Report of the Indian Hemp Drugs Commission, 1894-1895 - Volume VI
Year: 1894
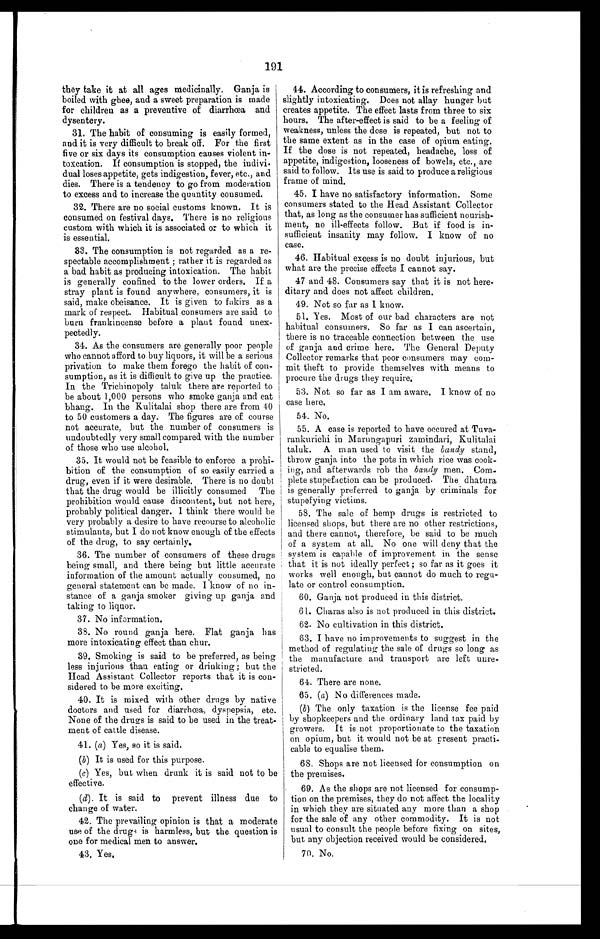
191
they take it at all ages medicinally. Ganja is
boiled with ghee, and a sweet preparation is made
for children as a preventive of diarrhœa and
dysentery.
31. The habit of consuming is easily formed,
and it is very difficult to break off. For the first
five or six days its consumption causes violent
in-toxcation. If consumption is stopped, the indivi•
dual loses appetite, gets indigestion, fever, etc., and
dies. There is a tendency to go from moderation
to excess and to increase the quantity consumed.
32. There are no social customs known. It is
consumed on festival days. There is no religious
custom with which it is associated or to which it
is essential.
33. The consumption is not regarded as a re
- s p e c t a b l e a c c o m p l i s h m e n t ; r a t h e r i t i s r e g a r d e d a s
a bad habit as producing intoxication. The habit
is generally confined to the lower orders. If a
stray plant is found anywhere, consumers, it is
said, make obeisance. It is given to fakirs as a
mark of respect. Habitual consumers are said to
burn frankincense before a plant found unex-
pectedly.
34. As the consumers are generally poor people
who cannot afford to buy liquors, it will be a serious
privation to make them forego the habit of con-
sumption, as it is difficult to give up the practice.
In the Trichinopoly taluk there are reported to
be about 1,000 persons who smoke ganja and eat
bhang. In the Kulitalai shop there are from 40
to 50 customers a day. The figures are of course
not accurate, but the number of consumers is
undoubtedly very small compared with the number
of those who use alcohol.
35. It would not be feasible to enforce a prohi-
bition of the consumption of so easily carried a
drug, even if it were desirable. There is no doubt
that the drug would be illicitly consumed. The
prohibition would cause discontent, but not here,
probably political danger. I think there would be
very probably a desire to have recourse to alcoholic
stimulants, but I do not know enough of the effects
of the drug, to say certainly.
36. The number of consumers of these drugs
being small, and there being but little accurate
information of the amount actually consumed, no
general statement can be made. I know of no in-
stance of a ganja smoker giving up ganja and
taking to liquor.
37. No information.
38.No round ganja here. Flat ganja has
more intoxicating effect than chur.
39. Smoking is said to be preferred, as being
less injurious than eating or drinking; but the
Head Assistant Collector reports that it is con-
sidered to be more exciting.
40. It is mixed with other drugs by native
doctors and used for diarrhœa, dyspepsia, etc.
None of the drugs is said to be used in the treat-
ment of cattle disease.
41. (a) Yes, so it is said.
(b) It is used for this purpose.
( c )
Y e s , b u t w h e n d r u n k i t i s s a i d n o t t o b e
effective.
(d). It is said to prevent illness due to
change of water.
42. The prevailing opinion is that a moderate
use of the drugs is harmless, but the question is
one for medical men to answer.
43. Yes.
44. According to consumers, it is refreshing and
slightly intoxicating. Does not allay hunger but
creates appetite. The effect lasts from three to six
hours. The after-effect is said to be a feeling of
weakness, unless the dose is repeated, but not to
the same extent as in the case of opium eating.
If the dose is not repeated, headache, loss of
appetite, indigestion, looseness of bowels, etc., are
said to follow. Its use is said to produce a religious
frame of mind.
45. I have no satisfactory information. Some
consumers stated to the Head Assistant Collector
that, as long as the consumer has sufficient nourish-
ment, no ill-effects follow. But if food is in-
sufficient insanity may follow. I know of no
case.
46. Habitual excess is no doubt injurious, but
what are the precise effects I cannot say.
47 and 48. Consumers say that it is not here-
ditary and does not affect children.
49. Not so far as I know.
51. Yes. Most of our bad characters are not
habitual consumers. So far as I can ascertain,
there is no traceable connection between the use
of ganja and crime here. The General Deputy
Collector remarks that poor consumers may com-
mit theft to provide themselves with means to
procure the drugs they require.
53. Not so far as I am aware. I know of no
case here.
54. No.
55. A case is reported to have occured at
Tuva-rankurichi in Marungapuri zamindari, Kulitalai
taluk. A man used to visit the bandy stand,
throw ganja into the pots in which rice was cook-
ing, and afterwards rob the bandy men. Com-
plete stupefaction can be produced. The dhatura
is generally preferred to ganja by criminals for
stupefying victims.
58. The sale of hemp drugs is restricted to
licensed shops, but there are no other restrictions,
and there cannot, therefore, be said to be much
of a system at all. No one will deny that the
system is capable of improvement in the sense
that it is not ideally perfect; so far as it goes it
works well enough, but cannot do much to regu-
late or control consumption.
60. Ganja not produced in this district.
61. Charas also is not produced in this district.
62. No cultivation in this district.
63. I have no improvements to suggest in the
method of regulating the sale of drugs so long as
the manufacture and transport are left unre-
stricted.
64. There are none.
65. (a) No differences made.
(b) The only taxation is the license fee paid
by shopkeepers and the ordinary land tax paid by
growers. It is not proportionate to the taxation
on opium, but it would not be at present practi-
cable to equalise them.
68. Shops are not licensed for consumption on
the premises.
69. As the shops are not licensed for consump
- t i o n o n t h e p r e m i s e s , t h e y d o n o t a f f e c t t h e l o c a l i t y
in which they are situated any more than a shop
for the sale of any other commodity. It is not
usual to consult the people before fixing on sites,
but any objection received would be considered.
70. No.